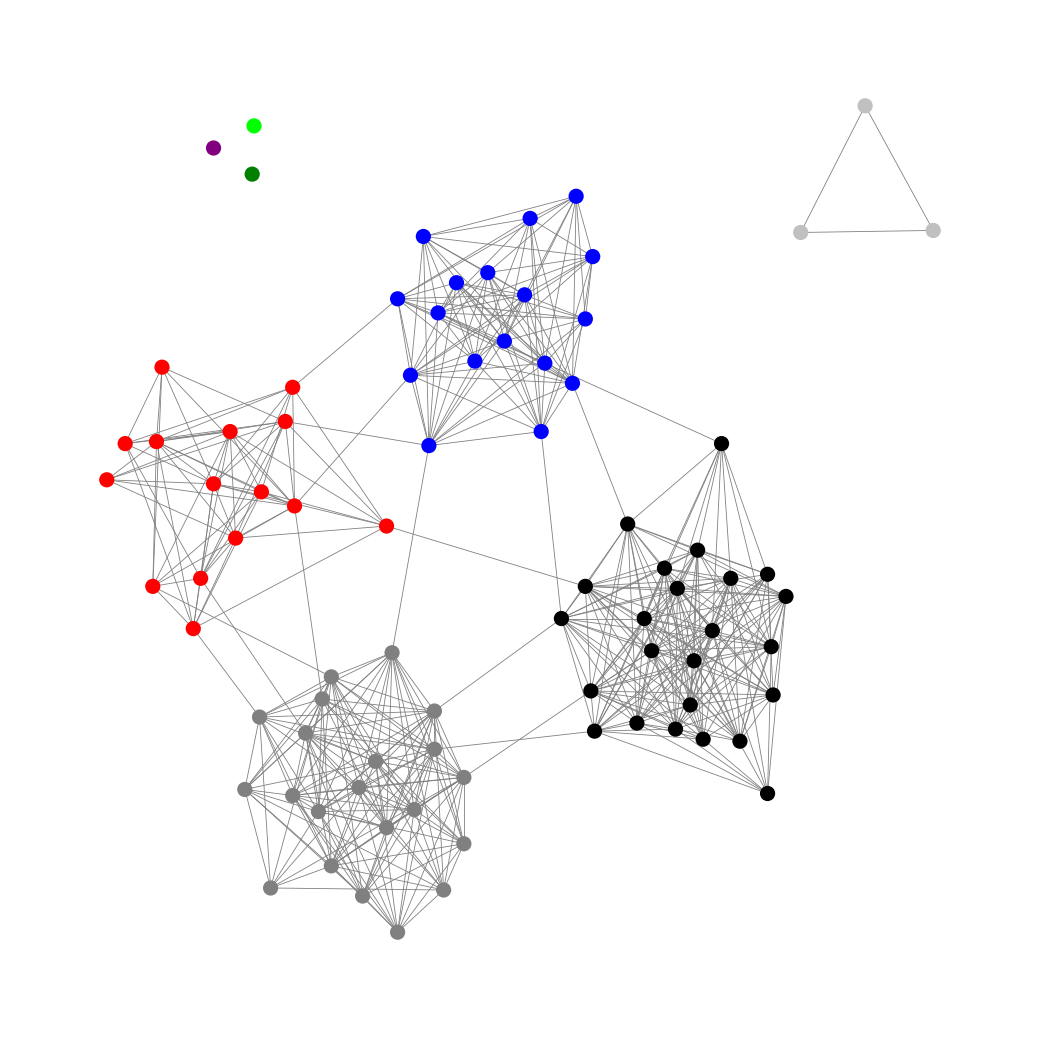
Graph connected: No
Number of connected components: 5
Number of singletons: 3
Total number of nodes: 83
Total number of edges: 523
Number of communities: 8
Community sizes:
Black: 24
Blue: 17
Gray: 21
Green: 1
Lime: 1
Purple: 1
Red: 15
Silver: 3
Graph layout: tda
Graph generation method: erdos_renyi